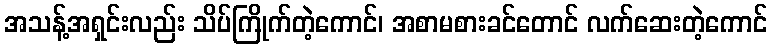
အသန့်အရှင်းလည်း သိပ်ကြိုက်တဲ့ကောင်၊ အစာမစားခင်တောင် လက်ဆေးတဲ့ကောင်